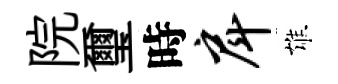
院璽時戽雄